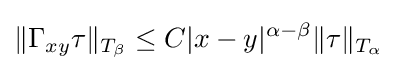
\|\Gamma _{xy}\tau \|_{T_{\beta }}\leq C|x-y|^{\alpha -\beta }\|\tau \|_{T_{\alpha }}